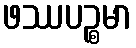
ဖဿပဉ္စမာ